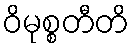
ဝိမုစ္စတီတိ